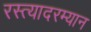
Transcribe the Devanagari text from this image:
रस्त्यादरम्यान